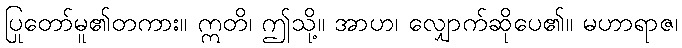
ပြုတော်မူ၏တကား။ ဣတိ၊ ဤသို့။ အာဟ၊ လျှောက်ဆိုပေ၏။ မဟာရာဇ၊